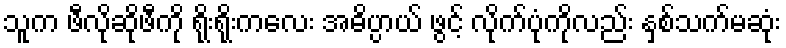
သူက ဖီလိုဆိုဖီကို ရိုးရိုးကလေး အဓိပ္ပာယ် ဖွင့် လိုက်ပုံကိုလည်း နှစ်သက်မဆုံး